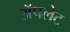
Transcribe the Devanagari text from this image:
अॅपलेट